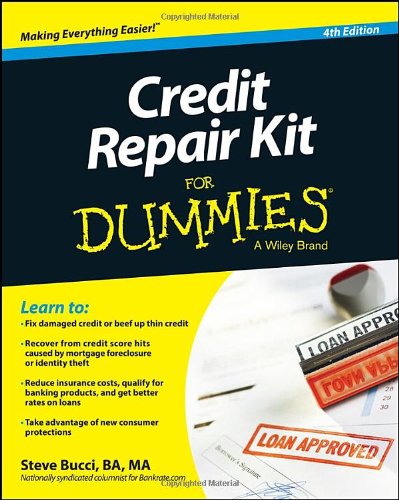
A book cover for Credit Repair Kit For Dummies; Steve Bucci; Business & Money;